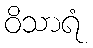
ဝိသာရံ